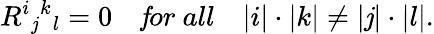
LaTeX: R^{i}{}_{\mathit{j}}{}^{k}{}_{l}=0\quad{\mathit{f}or\ all}\quad|i|\cdot|k|\ne|\mathit{j}|\cdot|l|.